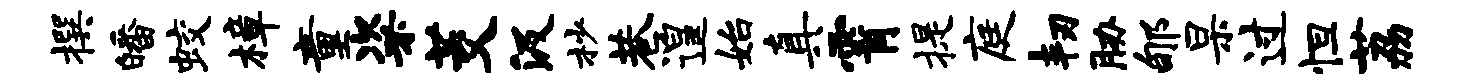
撰皤蛟樟童粢茭汲杪巷遑始真霄提庭韧胁郇杲过怛荔